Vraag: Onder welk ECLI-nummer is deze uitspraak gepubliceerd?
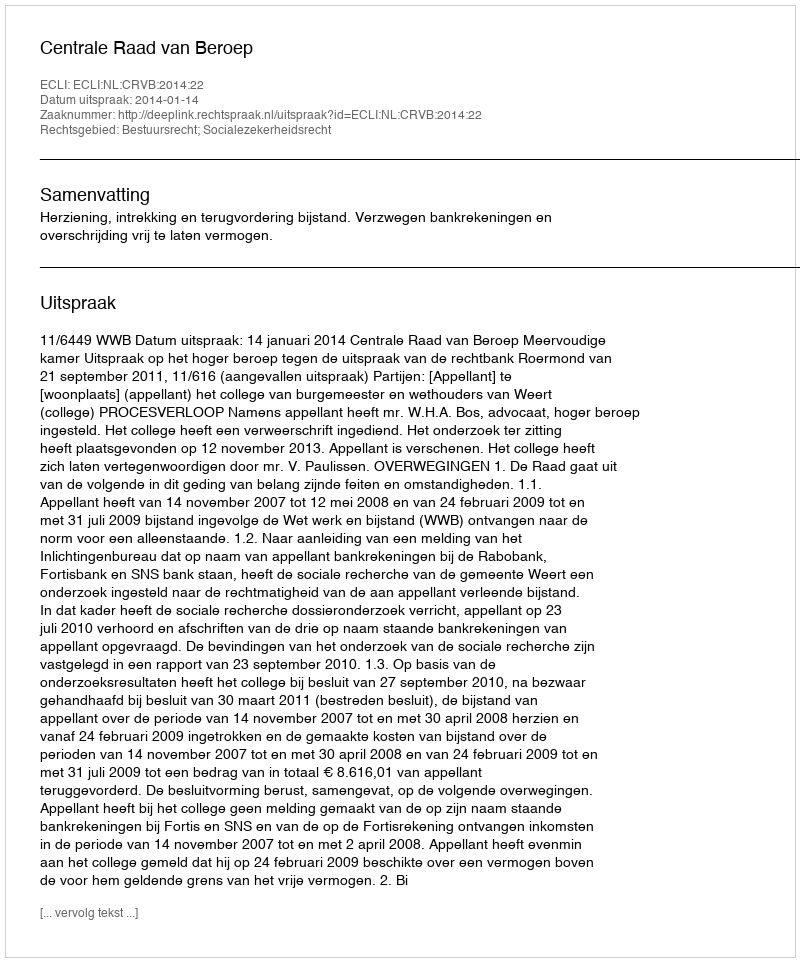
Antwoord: ECLI:NL:CRVB:2014:22